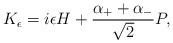
LaTeX: \begin{align*}K_\epsilon=i\epsilon H +{{\alpha_++\alpha_-}\over\sqrt{2}}P,\end{align*}